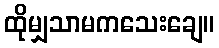
ထိုမျှသာမကသေးချေ။